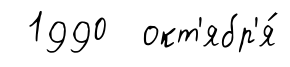
1990 окт'ябр'я́